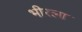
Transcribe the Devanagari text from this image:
भीरला